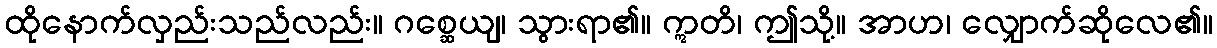
ထိုနောက်လှည်းသည်လည်း။ ဂစ္ဆေယျ၊ သွားရာ၏။ ဣတိ၊ ဤသို့။ အာဟ၊ လျှောက်ဆိုလေ၏။